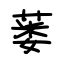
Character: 蒌